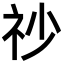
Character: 𥘤